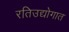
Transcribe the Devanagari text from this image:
रतिउद्योगात